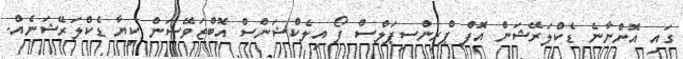
ގައި އޮންނާނެ ޑެކްލަރޭޝަން އޮފް ޕްރިންސިޕަލްސް ފޯ އިލެކްޝަންސް އޮބްޒަވޭޝަން ކިޔާ ޑެކްލަރޭޝަނެއް.